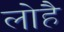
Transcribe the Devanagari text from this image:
लोहै